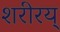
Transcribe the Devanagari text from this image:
शरीरय्